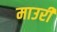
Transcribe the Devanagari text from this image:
माउरी